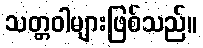
သတ္တဝါများဖြစ်သည်။